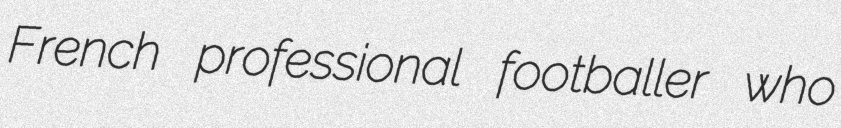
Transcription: French professional footballer who